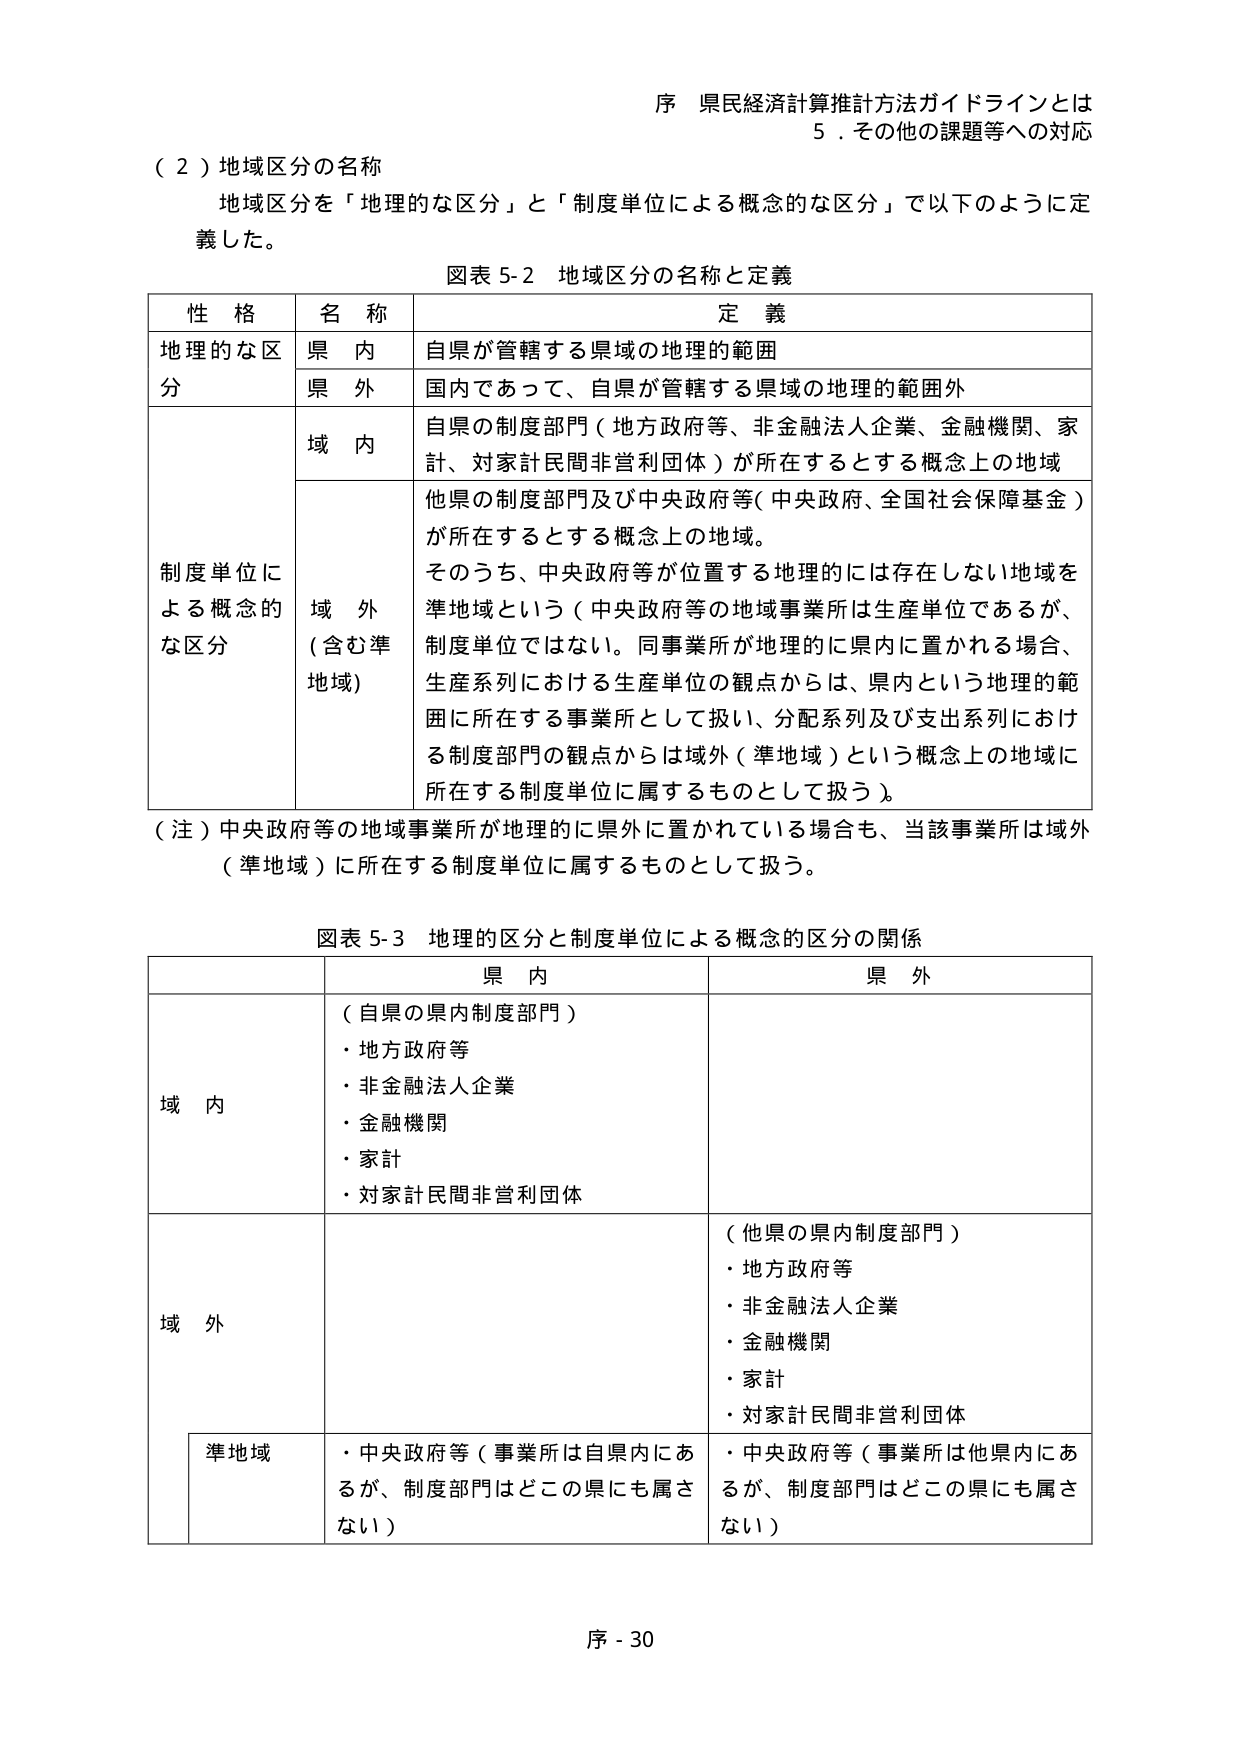
序 県民経済計算推計方法ガイドラインとは
5．その他の課題等への対応

（２）地域区分の名称
地域区分を「地理的な区分」と「制度単位による概念的な区分」で以下のように定義した。

図表 5-2 地域区分の名称と定義

| 性格 | 名称 | 定義 |
|------|------|------|
| 地理的な区分 | 県内 | 自県が管轄する県域の地理的範囲 |
| | 県外 | 国内であって、自県が管轄する県域の地理的範囲外 |
| 制度単位による概念的な区分 | 域内 | 自県の制度部門（地方政府等、非金融法人企業、金融機関、家計、対家計民間非営利団体）が所在するとする概念上の地域 |
| | 域外（含む準地域） | 他県の制度部門及び中央政府等（中央政府、全国社会保障基金）が所在するとする概念上の地域。<br>そのうち、中央政府等が位置する地理的には存在しない地域を準地域という（中央政府等の地域事業所は生産単位であるが、制度単位ではない。同事業所が地理的に県内に置かれる場合、生産系列における生産単位の観点からは、県内という地理的範囲に所在する事業所として扱い、分配系列及び支出系列における制度部門の観点からは域外（準地域）という概念上の地域に所在する制度単位に属するものとして扱う）。 |

（注）中央政府等の地域事業所が地理的に県外に置かれている場合も、当該事業所は域外（準地域）に所在する制度単位に属するものとして扱う。

図表 5-3 地理的区分と制度単位による概念的区分の関係

| | 県内 | 県外 |
|------|------|------|
| 域内 | （自県の県内制度部門）<br>・地方政府等<br>・非金融法人企業<br>・金融機関<br>・家計<br>・対家計民間非営利団体 | |
| 域外 | | （他県の県内制度部門）<br>・地方政府等<br>・非金融法人企業<br>・金融機関<br>・家計<br>・対家計民間非営利団体 |
| 準地域 | ・中央政府等（事業所は自県内にあるが、制度部門はどこの県にも属さない） | ・中央政府等（事業所は他県内にあるが、制度部門はどこの県にも属さない） |

序 - 30